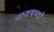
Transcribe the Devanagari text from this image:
नाथषष्थी